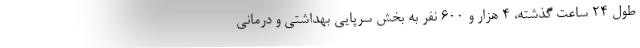
طول ۲۴ ساعت گذشته، ۴ هزار و ۶۰۰ نفر به بخش سرپایی بهداشتی و درمانی